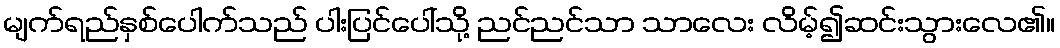
မျက်ရည်နှစ်ပေါက်သည် ပါးပြင်ပေါ်သို့ ညင်ညင်သာ သာလေး လိမ့်၍ဆင်းသွားလေ၏။